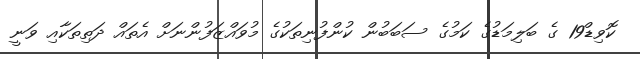
ކޮވިޑް19 ގެ ބަލިމަޑުގެ ކަމުގެ ސަބަބުން ކުންފުނިތަކުގެ މުވައްޒަފުންނަށް އެތައް ދަތިތަކާއި ވަނީ